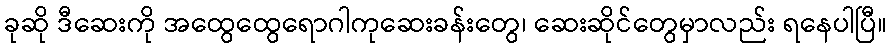
ခုဆို ဒီဆေးကို အထွေထွေရောဂါကုဆေးခန်းတွေ၊ ဆေးဆိုင်တွေမှာလည်း ရနေပါပြီ။